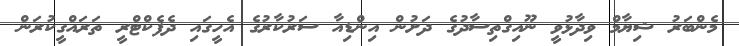
މެންބަރު ޝިޔާމް ވިދާޅުވީ ނޫއިގްތިސާދުގެ ދަށުން އިންޑިއާ ސަރުކާރުގެ އެހީގައި ދެފެކްޓްރީ ތަރައްގީކުރަން